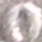
O